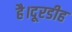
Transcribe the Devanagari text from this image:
है।दूरडीह